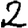
Digit: 2